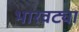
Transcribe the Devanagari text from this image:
भारवट्या